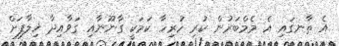
އެ ތާނގައި އެ މެމްބަރުން ކުރި ހުރިހާ ކަމަކީ ގާނޫނާއި ގަވާއިދާ ޚިލާފަށް